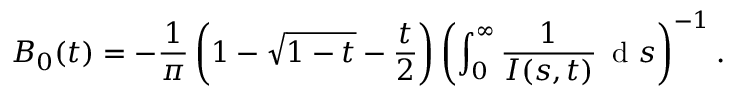
B _ { 0 } ( t ) = - \frac { 1 } { \pi } \left( 1 - \sqrt { 1 - t } - \frac { t } { 2 } \right) \left( \int _ { 0 } ^ { \infty } \frac { 1 } { I ( s , t ) } \, \mathrm { ~ d ~ } s \right) ^ { - 1 } .